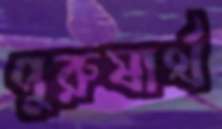
পুরুষার্থ